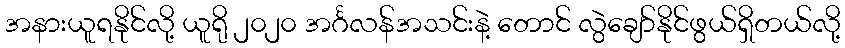
အနားယူရနိုင်လို့ ယူရို ၂၀၂၀ အင်္ဂလန်အသင်းနဲ့ တောင် လွဲချော်နိုင်ဖွယ်ရှိတယ်လို့